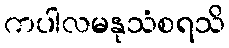
ကပါလမနုသံစရသိ